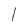
Character: l